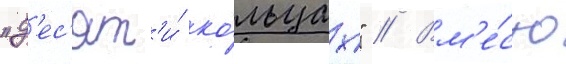
"д'ес'ят'и́ ко́льцах" // Вм'е́сто